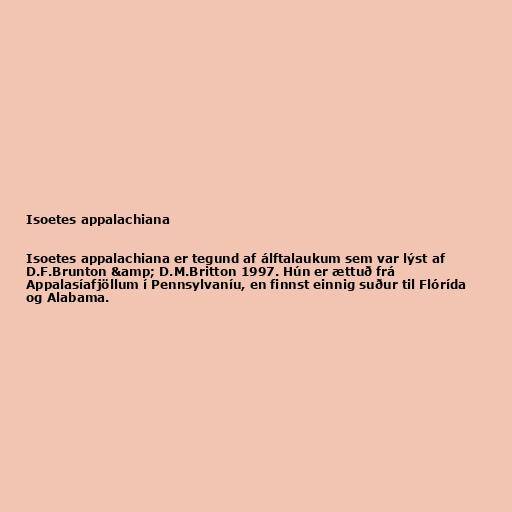
Isoetes appalachiana

Isoetes appalachiana er tegund af álftalaukum sem var lýst af
D.F.Brunton &amp; D.M.Britton 1997. Hún er ættuð frá
Appalasíafjöllum í Pennsylvaníu, en finnst einnig suður til Flórída
og Alabama.